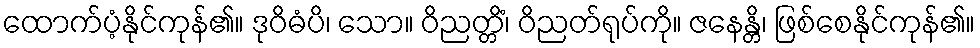
ထောက်ပံ့နိုင်ကုန်၏။ ဒုဝိဓံပိ၊ သော။ ဝိညတ္တိံ၊ ဝိညတ်ရုပ်ကို။ ဇနေန္တိ၊ ဖြစ်စေနိုင်ကုန်၏။